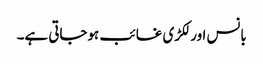
بانس اور لکڑی غائب ہوجاتی ہے۔